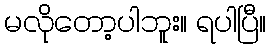
မလိုတော့ပါဘူး။ ရပါပြီ။